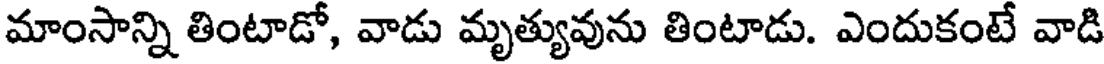
మాంసాన్ని తింటాడో, వాడు మృత్యువును తింటాడు. ఎందుకంటే వాడి